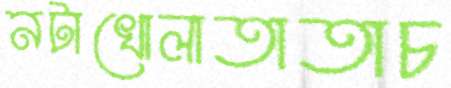
নটাখোলাতাতাচ